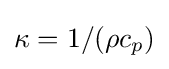
\kappa =1/(\rho c_{p})